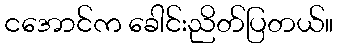
ငအောင်က ခေါင်းညိတ်ပြတယ်။